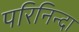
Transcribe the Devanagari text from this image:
परिनिन्दा